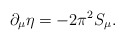
\begin{align*}\partial_\mu\eta=-2\pi^2S_\mu.\end{align*}